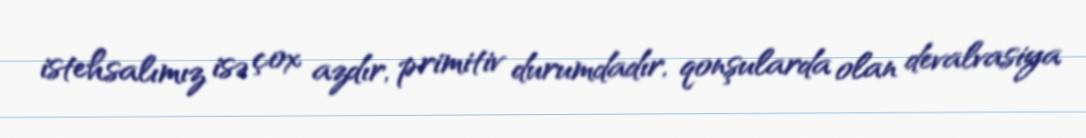
istehsalımız isə çox azdır, primitiv durumdadır, qonşularda olan devalvasiya